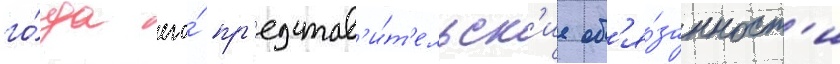
го́да его́ пр'едстав'и́т'ельск'ие об'я́занност'и